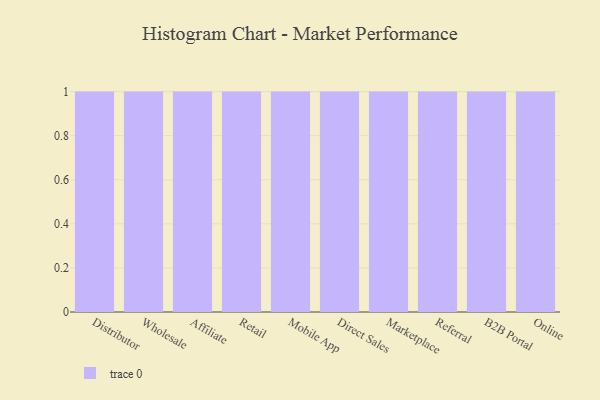
{"axis": {"x": "Channel", "y": "Waste Production (Tons)"}, "legend": [""], "data": [{"x": "Distributor", "y": 72, "type": ""}, {"x": "Wholesale", "y": 40, "type": ""}, {"x": "Affiliate", "y": 75, "type": ""}, {"x": "Retail", "y": 59, "type": ""}, {"x": "Mobile App", "y": 39, "type": ""}, {"x": "Direct Sales", "y": 55, "type": ""}, {"x": "Marketplace", "y": 22, "type": ""}, {"x": "Referral", "y": 63, "type": ""}, {"x": "B2B Portal", "y": 16, "type": ""}, {"x": "Online", "y": 53, "type": ""}]}